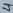
Text: 4